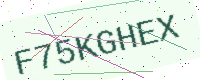
Text: F75KGHEX